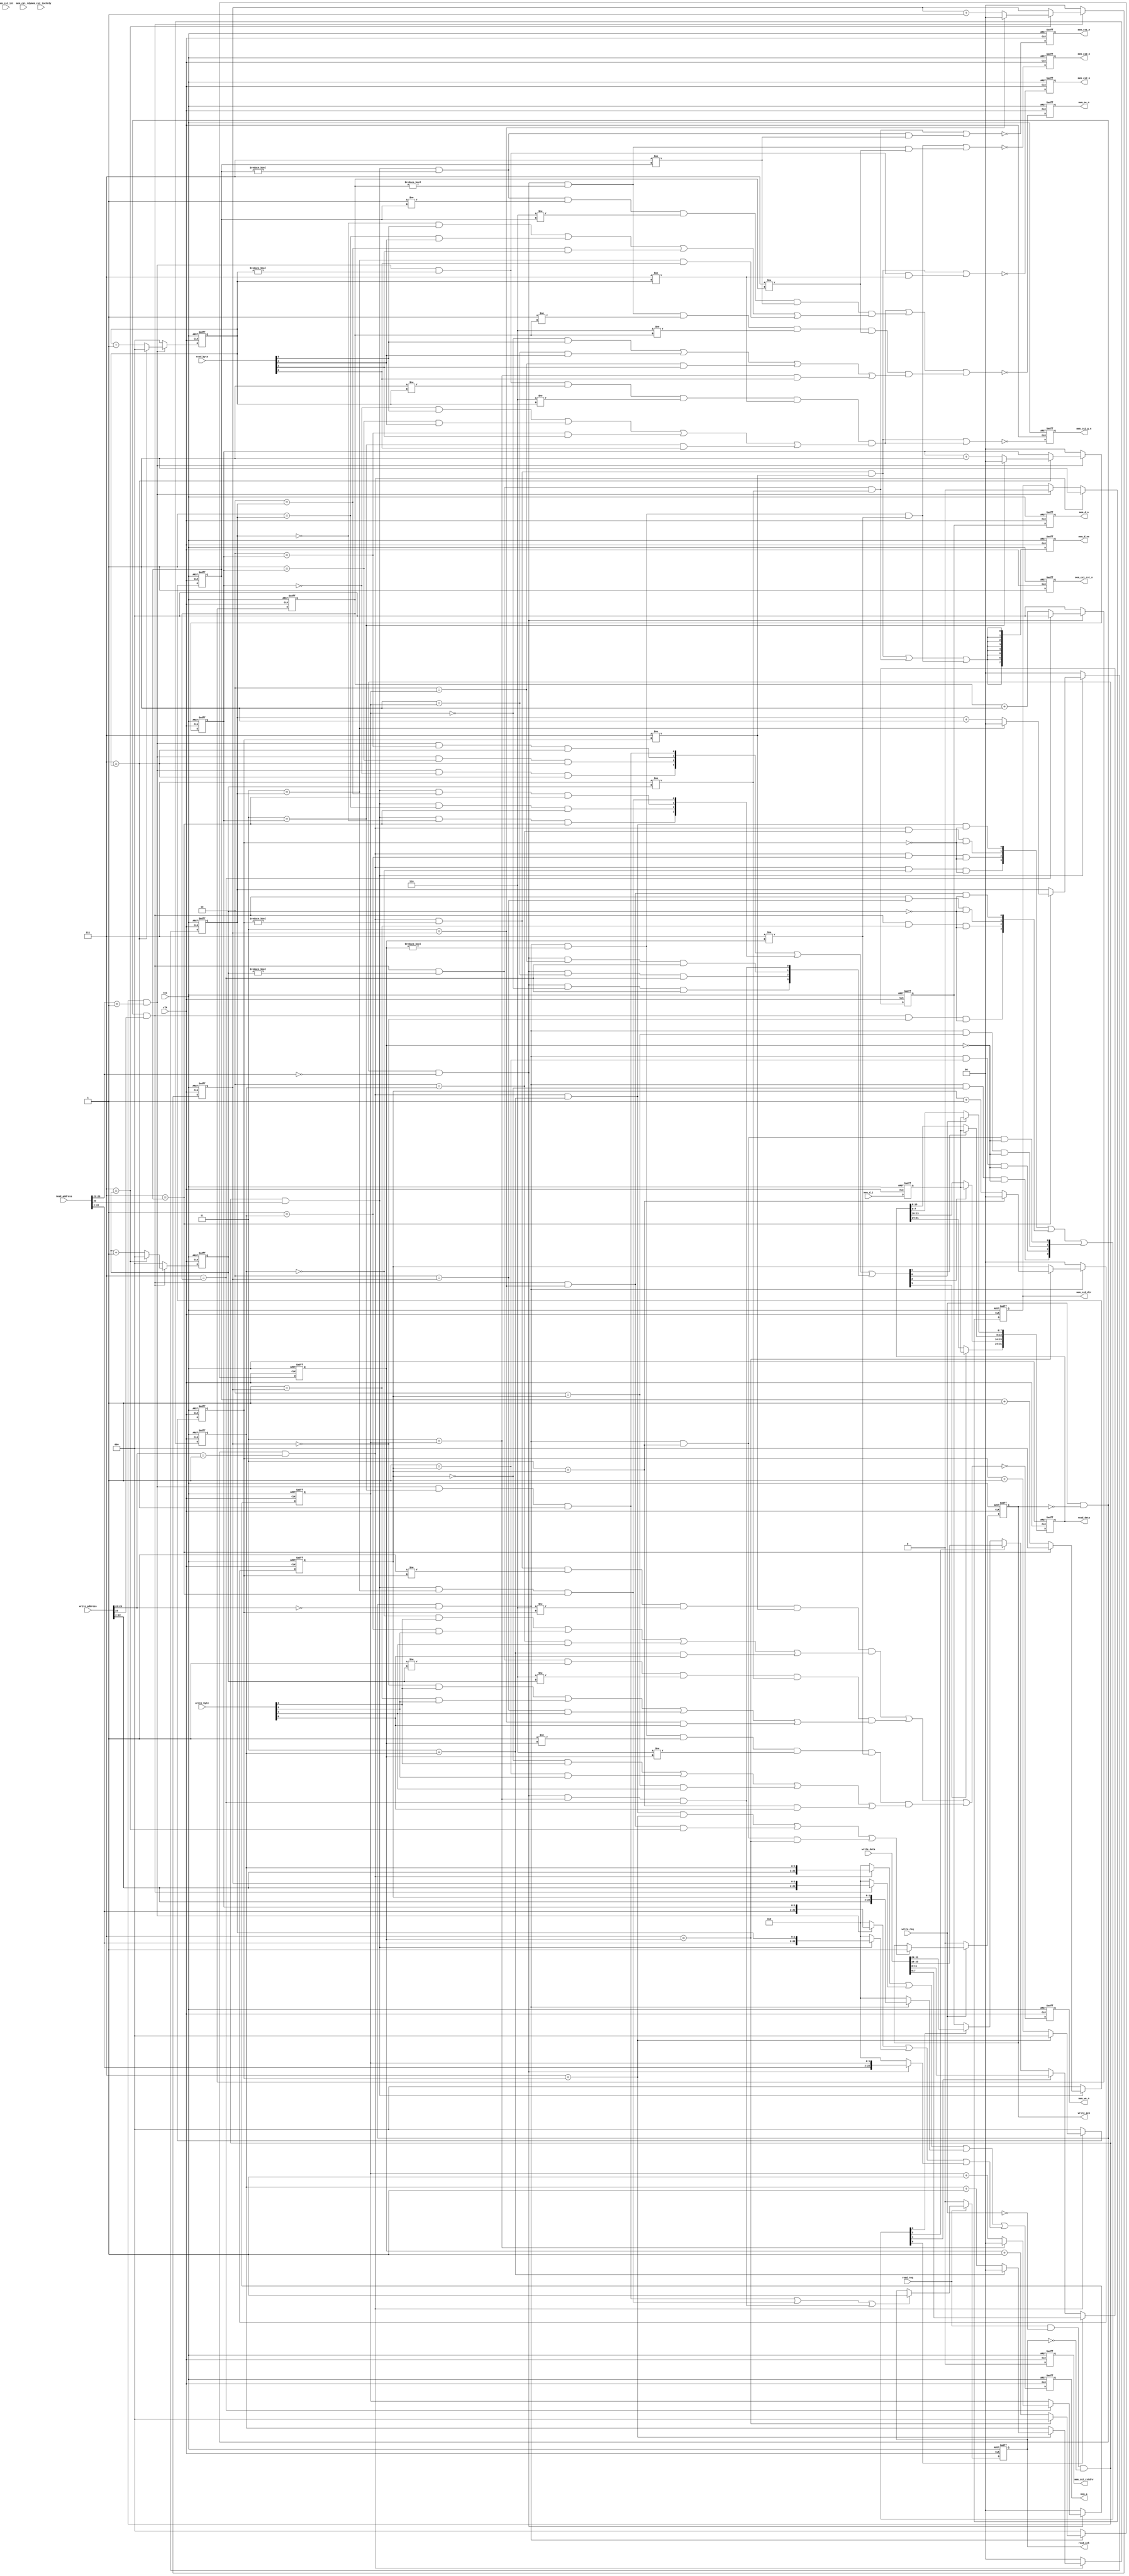

`timescale 1ps/1ps

module tessera_mem_core (
	res,
	clk,
	write_req,
	write_byte,
	write_address,
	write_data,
	write_ack,
	read_req,
	read_byte,
	read_address,
	read_data,
	read_ack,
	mem_cs2_n,
	mem_cs2_g_n,
	mem_cs2_dir,
	mem_cs2_rstdrv,
	mem_cs2_int,
	mem_cs2_iochrdy,
	mem_cs1_n,
	mem_cs1_rst_n,
	mem_cs1_rdy,
	mem_cs0_n,
	mem_we_n,
	mem_oe_n,
	mem_a,
	mem_d_o,
	mem_d_oe,
	mem_d_i
);
	input		res;
	input		clk;
	input		write_req;
	input	[3:0]	write_byte;
	input	[31:0]	write_address;
	input	[31:0]	write_data;
	output		write_ack;
	input		read_req;
	input	[3:0]	read_byte;
	input	[31:0]	read_address;
	output	[31:0]	read_data;
	output		read_ack;
	//
	output		mem_cs2_n;
	output		mem_cs2_g_n;
	output		mem_cs2_dir;
	output		mem_cs2_rstdrv;
	input		mem_cs2_int;
	input		mem_cs2_iochrdy;
	// for FLASH(big)
	output		mem_cs1_n;
	output		mem_cs1_rst_n;
	input		mem_cs1_rdy;
	// for FLASH(small)
	output		mem_cs0_n;
	// misc
	output		mem_we_n;
	output		mem_oe_n;
	output	[22:0]	mem_a;
	output	[7:0]	mem_d_o;
	output	[7:0]	mem_d_oe;
	input	[7:0]	mem_d_i;

//
// request control(no-ff)
//
	wire		cs0_write_req;
	wire		cs0_read_req;
	wire		cs1_write_req;
	wire		cs1_read_req;
	wire		cs2_write_req;
	wire		cs2_read_req;
	wire		write_fin;
	wire		read_fin;
	reg		write_ack;
	reg		read_ack;
	assign cs0_write_req	= write_req			&& !write_ack	&& (write_address[23:22]==2'b00);	// BASE + 0x000x_xxxx
	assign cs0_read_req	= (read_req&&!write_req)	&& !read_ack	&& ( read_address[23:22]==2'b00);	// BASE + 0x000x_xxxx
	
	assign cs2_write_req	= write_req			&& !write_ack	&& (write_address[23:22]==2'b01);	// BASE + 0x004x_xxxx
	assign cs2_read_req	= (read_req&&!write_req)	&& !read_ack	&& ( read_address[23:22]==2'b01);	// BASE + 0x004x_xxxx

	assign cs1_write_req	= write_req			&& !write_ack	&& (write_address[23]   ==1'b1);	// BASE + 0x008x_xxxx
	assign cs1_read_req	= (read_req&&!write_req)	&& !read_ack	&& ( read_address[23]   ==1'b1);	// BASE + 0x008x_xxxx
//
// cs0
//
	wire		cs0_write_count_full;
	wire		cs0_write_byte_full;
	wire		cs0_write_cs;
	wire		cs0_write_strobe;
	wire	[3:0]	cs0_write_load;
	wire	[22:0]	cs0_write_addr;
	wire		cs0_write_fin;
	reg	[2:0]	cs0_write_count;
	reg	[1:0]	cs0_write_byte;
	assign cs0_write_count_full		= (3'd7==cs0_write_count);
	assign cs0_write_byte_full		= (2'd3==cs0_write_byte);
	assign cs0_write_cs			= cs0_write_req                           && (3'd0!=cs0_write_count)                                                       && (3'd7!=cs0_write_count);
	assign cs0_write_strobe			= cs0_write_req                           && (3'd0!=cs0_write_count) && (3'd1!=cs0_write_count) && (3'd6!=cs0_write_count) && (3'd7!=cs0_write_count)
						&& (
							( (2'd0==cs0_write_byte) && write_byte[3] )
							||
							( (2'd1==cs0_write_byte) && write_byte[2] )
							||
							( (2'd2==cs0_write_byte) && write_byte[1] )
							||
							( (2'd3==cs0_write_byte) && write_byte[0] )
						);
	assign cs0_write_load[0]		= cs0_write_req && (2'd3==cs0_write_byte) && (3'd0==cs0_write_count);
	assign cs0_write_load[1]		= cs0_write_req && (2'd2==cs0_write_byte) && (3'd0==cs0_write_count);
	assign cs0_write_load[2]		= cs0_write_req && (2'd1==cs0_write_byte) && (3'd0==cs0_write_count);
	assign cs0_write_load[3]		= cs0_write_req && (2'd0==cs0_write_byte) && (3'd0==cs0_write_count);
	assign cs0_write_addr			= (cs0_write_req) ? {write_address[22:2],cs0_write_byte[1:0]}: 23'd0;
	assign cs0_write_fin			= cs0_write_req && (2'd3==cs0_write_byte) && (3'd7==cs0_write_count);
	always @(posedge clk or posedge res)
		if (res) 			cs0_write_count	<= 3'd0;
		else if (!cs0_write_req)	cs0_write_count	<= 3'd0;
		else				cs0_write_count	<= (cs0_write_count_full) ? 3'd0: {cs0_write_count + 3'd1};	
	always @(posedge clk or posedge res)
		if (res)			cs0_write_byte	<= 2'd0;
		else if (!cs0_write_req)	cs0_write_byte	<= 2'd0;
		else if (cs0_write_count_full)	cs0_write_byte	<= (cs0_write_byte_full) ? 2'd0: {cs0_write_byte + 2'd1};
	wire		cs0_read_count_full;
	wire		cs0_read_byte_full;
	wire		cs0_read_cs;
	wire		cs0_read_strobe;
	wire	[3:0]	cs0_read_load;
	wire	[22:0]	cs0_read_addr;
	wire		cs0_read_fin;
	reg	[2:0]	cs0_read_count;
	reg	[1:0]	cs0_read_byte;
	//assign cs0_read_count_full		= (3'd7==cs0_read_count);
	//assign cs0_read_byte_full		= (2'd3==cs0_read_byte);
	//assign cs0_read_cs			= cs0_read_req                          && (3'd0!=cs0_read_count)                                                     && (3'd7!=cs0_read_count);
	//assign cs0_read_strobe			= cs0_read_req                          && (3'd0!=cs0_read_count) && (3'd1!=cs0_read_count) && (3'd6!=cs0_read_count) && (3'd7!=cs0_read_count);
	//assign cs0_read_load[0]			= cs0_read_req && (2'd3==cs0_read_byte) && (3'd7==cs0_read_count);
	//assign cs0_read_load[1]			= cs0_read_req && (2'd2==cs0_read_byte) && (3'd7==cs0_read_count);
	//assign cs0_read_load[2]			= cs0_read_req && (2'd1==cs0_read_byte) && (3'd7==cs0_read_count);
	//assign cs0_read_load[3]			= cs0_read_req && (2'd0==cs0_read_byte) && (3'd7==cs0_read_count);
	//assign cs0_read_addr			= (cs0_read_req) ? {read_address[22:2],cs0_read_byte[1:0]}: 23'd0;
	//assign cs0_read_fin			= cs0_read_req && (2'd3==cs0_read_byte) && (3'd7==cs0_read_count);
	assign cs0_read_count_full		= (3'd7==cs0_read_count);
	assign cs0_read_byte_full		= (2'd3==cs0_read_byte);
	assign cs0_read_cs			= cs0_read_req                          && (3'd0!=cs0_read_count)                                                     && (3'd7!=cs0_read_count);
	assign cs0_read_strobe			= cs0_read_req                          && (3'd0!=cs0_read_count) && (3'd1!=cs0_read_count) && (3'd6!=cs0_read_count) && (3'd7!=cs0_read_count)
						&& (
							( (2'd0==cs0_read_byte) && read_byte[3] )
							||
							( (2'd1==cs0_read_byte) && read_byte[2] )
							||
							( (2'd2==cs0_read_byte) && read_byte[1] )
							||
							( (2'd3==cs0_read_byte) && read_byte[0] )
						);	
	assign cs0_read_load[0]			= cs0_read_req && (2'd3==cs0_read_byte) && (3'd7==cs0_read_count); // test 7->6 
	assign cs0_read_load[1]			= cs0_read_req && (2'd2==cs0_read_byte) && (3'd7==cs0_read_count); // test 7->6
	assign cs0_read_load[2]			= cs0_read_req && (2'd1==cs0_read_byte) && (3'd7==cs0_read_count); // test 7->6
	assign cs0_read_load[3]			= cs0_read_req && (2'd0==cs0_read_byte) && (3'd7==cs0_read_count); // test 7->6
	assign cs0_read_addr			= (cs0_read_req) ? {read_address[22:2],cs0_read_byte[1:0]}: 23'd0;
	assign cs0_read_fin			= cs0_read_req && (2'd3==cs0_read_byte) && (3'd7==cs0_read_count);
	always @(posedge clk or posedge res)
		if (res) 			cs0_read_count	<= 3'd0;
		else if (!cs0_read_req)		cs0_read_count	<= 3'd0;
		else				cs0_read_count	<= (cs0_read_count_full) ? 3'd0: {cs0_read_count + 3'd1};	
	always @(posedge clk or posedge res)
		if (res)			cs0_read_byte	<= 2'd0;
		else if (!cs0_read_req)		cs0_read_byte	<= 2'd0;
		else if (cs0_read_count_full)	cs0_read_byte	<= (cs0_read_byte_full) ? 2'd0: {cs0_read_byte + 2'd1};
	//
	// cs0 outputs
	//
	reg		mem_cs0_n;
	always @(posedge clk or posedge res)
		if (res)			mem_cs0_n	<= 1'b1;
		else				mem_cs0_n	<= !(cs0_write_cs||cs0_read_cs);
//
// cs1
//
	wire		cs1_write_count_full;
	wire		cs1_write_byte_full;
	wire		cs1_write_cs;
	wire		cs1_write_strobe;
	wire	[3:0]	cs1_write_load;
	wire	[22:0]	cs1_write_addr;
	wire		cs1_write_fin;
	reg	[2:0]	cs1_write_count;
	reg	[1:0]	cs1_write_byte;
	assign cs1_write_count_full		= (3'd7==cs1_write_count);
	assign cs1_write_byte_full		= (2'd3==cs1_write_byte);
	assign cs1_write_cs			= cs1_write_req                           && (3'd0!=cs1_write_count)                                                       && (3'd7!=cs1_write_count);
	assign cs1_write_strobe			= cs1_write_req                           && (3'd0!=cs1_write_count) && (3'd1!=cs1_write_count) && (3'd6!=cs1_write_count) && (3'd7!=cs1_write_count)
						&& (
							( (2'd0==cs1_write_byte) && write_byte[3] )
							||
							( (2'd1==cs1_write_byte) && write_byte[2] )
							||
							( (2'd2==cs1_write_byte) && write_byte[1] )
							||
							( (2'd3==cs1_write_byte) && write_byte[0] )
						);
	assign cs1_write_load[0]		= cs1_write_req && (2'd3==cs1_write_byte) && (3'd0==cs1_write_count);
	assign cs1_write_load[1]		= cs1_write_req && (2'd2==cs1_write_byte) && (3'd0==cs1_write_count);
	assign cs1_write_load[2]		= cs1_write_req && (2'd1==cs1_write_byte) && (3'd0==cs1_write_count);
	assign cs1_write_load[3]		= cs1_write_req && (2'd0==cs1_write_byte) && (3'd0==cs1_write_count);
	assign cs1_write_addr			= (cs1_write_req) ? {write_address[22:2],cs1_write_byte[1:0]}: 23'd0;
	assign cs1_write_fin			= cs1_write_req && (2'd3==cs1_write_byte) && (3'd7==cs1_write_count);
	always @(posedge clk or posedge res)
		if (res) 			cs1_write_count	<= 3'd0;
		else if (!cs1_write_req)	cs1_write_count	<= 3'd0;
		else				cs1_write_count	<= (cs1_write_count_full) ? 3'd0: {cs1_write_count + 3'd1};	
	always @(posedge clk or posedge res)
		if (res)			cs1_write_byte	<= 2'd0;
		else if (!cs1_write_req)	cs1_write_byte	<= 2'd0;
		else if (cs1_write_count_full)	cs1_write_byte	<= (cs1_write_byte_full) ? 2'd0: {cs1_write_byte + 2'd1};
	wire		cs1_read_count_full;
	wire		cs1_read_byte_full;
	wire		cs1_read_cs;
	wire		cs1_read_strobe;
	wire	[3:0]	cs1_read_load;
	wire	[22:0]	cs1_read_addr;
	wire		cs1_read_fin;
	reg	[2:0]	cs1_read_count;
	reg	[1:0]	cs1_read_byte;
	assign cs1_read_count_full		= (3'd7==cs1_read_count);
	assign cs1_read_byte_full		= (2'd3==cs1_read_byte);
	assign cs1_read_cs			= cs1_read_req                          && (3'd0!=cs1_read_count)                                                     && (3'd7!=cs1_read_count);
	assign cs1_read_strobe			= cs1_read_req                          && (3'd0!=cs1_read_count) && (3'd1!=cs1_read_count) && (3'd6!=cs1_read_count) && (3'd7!=cs1_read_count)
						&& (
							( (2'd0==cs1_read_byte) && read_byte[3] )
							||
							( (2'd1==cs1_read_byte) && read_byte[2] )
							||
							( (2'd2==cs1_read_byte) && read_byte[1] )
							||
							( (2'd3==cs1_read_byte) && read_byte[0] )
						);	
	assign cs1_read_load[0]			= cs1_read_req && (2'd3==cs1_read_byte) && (3'd7==cs1_read_count);
	assign cs1_read_load[1]			= cs1_read_req && (2'd2==cs1_read_byte) && (3'd7==cs1_read_count);
	assign cs1_read_load[2]			= cs1_read_req && (2'd1==cs1_read_byte) && (3'd7==cs1_read_count);
	assign cs1_read_load[3]			= cs1_read_req && (2'd0==cs1_read_byte) && (3'd7==cs1_read_count);
	assign cs1_read_addr			= (cs1_read_req) ? {read_address[22:2],cs1_read_byte[1:0]}: 23'd0;
	assign cs1_read_fin			= cs1_read_req && (2'd3==cs1_read_byte) && (3'd7==cs1_read_count);
	always @(posedge clk or posedge res)
		if (res) 			cs1_read_count	<= 3'd0;
		else if (!cs1_read_req)		cs1_read_count	<= 3'd0;
		else				cs1_read_count	<= (cs1_read_count_full) ? 3'd0: {cs1_read_count + 3'd1};	
	always @(posedge clk or posedge res)
		if (res)			cs1_read_byte	<= 2'd0;
		else if (!cs1_read_req)		cs1_read_byte	<= 2'd0;
		else if (cs1_read_count_full)	cs1_read_byte	<= (cs1_read_byte_full) ? 2'd0: {cs1_read_byte + 2'd1};
	//
	// cs1 outputs
	//
	reg		mem_cs1_n;
	reg		mem_cs1_rst_n;
	always @(posedge clk or posedge res)
		if (res)			mem_cs1_n	<= 1'b1;
		else				mem_cs1_n	<= !(cs1_write_cs||cs1_read_cs);
	always @(posedge clk or posedge res)
		if (res)			mem_cs1_rst_n	<= 1'b0;
		else				mem_cs1_rst_n	<= 1'b1;
//
// cs2
//
	wire		cs2_write_count_full;
	wire		cs2_write_byte_full;
	wire		cs2_write_cs;
	wire		cs2_write_strobe;
	wire	[3:0]	cs2_write_load;
	wire	[22:0]	cs2_write_addr;
	wire		cs2_write_fin;
	reg	[2:0]	cs2_write_count;
	reg	[1:0]	cs2_write_byte;
	assign cs2_write_count_full		= (3'd7==cs2_write_count);
	assign cs2_write_byte_full		= (2'd3==cs2_write_byte);
	assign cs2_write_cs			= cs2_write_req                           && (3'd0!=cs2_write_count)                                                       && (3'd7!=cs2_write_count);
	assign cs2_write_strobe			= cs2_write_req                           && (3'd0!=cs2_write_count) && (3'd1!=cs2_write_count) && (3'd6!=cs2_write_count) && (3'd7!=cs2_write_count)
						&& (
							( (2'd0==cs2_write_byte) && write_byte[3] )
							||
							( (2'd1==cs2_write_byte) && write_byte[2] )
							||
							( (2'd2==cs2_write_byte) && write_byte[1] )
							||
							( (2'd3==cs2_write_byte) && write_byte[0] )
						);
	assign cs2_write_load[0]		= cs2_write_req && (2'd3==cs2_write_byte) && (3'd0==cs2_write_count);
	assign cs2_write_load[1]		= cs2_write_req && (2'd2==cs2_write_byte) && (3'd0==cs2_write_count);
	assign cs2_write_load[2]		= cs2_write_req && (2'd1==cs2_write_byte) && (3'd0==cs2_write_count);
	assign cs2_write_load[3]		= cs2_write_req && (2'd0==cs2_write_byte) && (3'd0==cs2_write_count);
	assign cs2_write_addr			= (cs2_write_req) ? {write_address[22:2],cs2_write_byte[1:0]}: 23'd0;
	assign cs2_write_fin			= cs2_write_req && (2'd3==cs2_write_byte) && (3'd7==cs2_write_count);
	always @(posedge clk or posedge res)
		if (res) 			cs2_write_count	<= 3'd0;
		else if (!cs2_write_req)	cs2_write_count	<= 3'd0;
		else				cs2_write_count	<= (cs2_write_count_full) ? 3'd0: {cs2_write_count + 3'd1};	
	always @(posedge clk or posedge res)
		if (res)			cs2_write_byte	<= 2'd0;
		else if (!cs2_write_req)	cs2_write_byte	<= 2'd0;
		else if (cs2_write_count_full)	cs2_write_byte	<= (cs2_write_byte_full) ? 2'd0: {cs2_write_byte + 2'd1};
	wire		cs2_read_count_full;
	wire		cs2_read_byte_full;
	wire		cs2_read_cs;
	wire		cs2_read_strobe;
	wire	[3:0]	cs2_read_load;
	wire	[22:0]	cs2_read_addr;
	wire		cs2_read_fin;
	reg	[2:0]	cs2_read_count;
	reg	[1:0]	cs2_read_byte;
	assign cs2_read_count_full		= (3'd7==cs2_read_count);
	assign cs2_read_byte_full		= (2'd3==cs2_read_byte);
	assign cs2_read_cs			= cs2_read_req                          && (3'd0!=cs2_read_count)                                                     && (3'd7!=cs2_read_count);
	assign cs2_read_strobe			= cs2_read_req                          && (3'd0!=cs2_read_count) && (3'd1!=cs2_read_count) && (3'd6!=cs2_read_count) && (3'd7!=cs2_read_count)
						&& (
							( (2'd0==cs2_read_byte) && read_byte[3] )
							||
							( (2'd1==cs2_read_byte) && read_byte[2] )
							||
							( (2'd2==cs2_read_byte) && read_byte[1] )
							||
							( (2'd3==cs2_read_byte) && read_byte[0] )
						);	
	assign cs2_read_load[0]			= cs2_read_req && (2'd3==cs2_read_byte) && (3'd7==cs2_read_count);
	assign cs2_read_load[1]			= cs2_read_req && (2'd2==cs2_read_byte) && (3'd7==cs2_read_count);
	assign cs2_read_load[2]			= cs2_read_req && (2'd1==cs2_read_byte) && (3'd7==cs2_read_count);
	assign cs2_read_load[3]			= cs2_read_req && (2'd0==cs2_read_byte) && (3'd7==cs2_read_count);
	assign cs2_read_fin			= cs2_read_req && (2'd3==cs2_read_byte) && (3'd7==cs2_read_count);
	assign cs2_read_addr			= (cs2_read_req) ? {read_address[22:2],cs2_read_byte[1:0]}: 23'd0;
	always @(posedge clk or posedge res)
		if (res) 			cs2_read_count	<= 3'd0;
		else if (!cs2_read_req)		cs2_read_count	<= 3'd0;
		else				cs2_read_count	<= (cs2_read_count_full) ? 3'd0: {cs2_read_count + 3'd1};	
	always @(posedge clk or posedge res)
		if (res)			cs2_read_byte	<= 2'd0;
		else if (!cs2_read_req)		cs2_read_byte	<= 2'd0;
		else if (cs2_read_count_full)	cs2_read_byte	<= (cs2_read_byte_full) ? 2'd0: {cs2_read_byte + 2'd1};
	//
	// cs2 outputs
	//
	reg		mem_cs2_n;
	reg		mem_cs2_g_n;
	reg		mem_cs2_dir;
	reg		mem_cs2_rstdrv;
	always @(posedge clk or posedge res)
		if (res)			mem_cs2_n	<= 1'b1;
		else				mem_cs2_n	<= !(cs2_write_cs||cs2_read_cs);
	always @(posedge clk or posedge res)
		if (res)			mem_cs2_g_n	<= 1'b1;
		else				mem_cs2_g_n	<= !(cs2_write_cs||cs2_read_strobe);
	always @(posedge clk or posedge res)
		if (res)			mem_cs2_dir	<= 1'b1;
		else				mem_cs2_dir	<= (cs2_write_req) ? 1'b1: (cs2_read_req) ? 1'b0: mem_cs2_dir;
	always @(posedge clk or posedge res)
		if (res)			mem_cs2_rstdrv	<= 1'b1;
		else				mem_cs2_rstdrv	<= 1'b0;
//
//
//
	wire		write_strobe;
	wire		read_strobe;

	wire	[3:0]	write_load;
	wire	[3:0]	read_load;

	wire	[22:0]	write_addr;
	wire	[22:0]	read_addr;


	assign write_strobe	= cs2_write_strobe || cs1_write_strobe || cs0_write_strobe;
	assign read_strobe	= cs2_read_strobe || cs1_read_strobe || cs0_read_strobe;

	assign write_load	= cs2_write_load|cs1_write_load|cs0_write_load;
	assign read_load	= cs2_read_load |cs1_read_load |cs0_read_load;
	
	assign write_addr	= cs2_write_addr|cs1_write_addr|cs0_write_addr;
	assign read_addr	= cs2_read_addr |cs1_read_addr |cs0_read_addr;

//
// outputs(common)
//
	reg		mem_we_n;
	reg		mem_oe_n;
	reg	[22:0]	mem_a;
	reg	[7:0]	mem_d_oe;
	always @(posedge clk or posedge res)
		if (res)			mem_we_n	<= 1'b1;
		else				mem_we_n	<= !write_strobe;
	always @(posedge clk or posedge res)
		if (res)			mem_oe_n	<= 1'b1;
		else				mem_oe_n	<= !read_strobe;
	always @(posedge clk or posedge res)
		if (res)			mem_a		<= 23'h00_0000;
		else				mem_a		<= write_addr|read_addr;
	always @(posedge clk or posedge res)
		if (res)			mem_d_oe	<= 8'h00;
       		else				mem_d_oe	<= {8{cs2_write_cs||cs1_write_cs||cs0_write_cs}}; // only write
//
// inputs(common)
//
	//
	// int->ext
	//
	reg	[7:0]	pre_mem_d_o;
	always @(posedge clk or posedge res)
		if (res)			pre_mem_d_o	<= 32'h0000_0000;
		else begin
			if (write_load[3])	pre_mem_d_o	<= write_data[31:24];
			if (write_load[2])	pre_mem_d_o	<= write_data[23:16];
			if (write_load[1])	pre_mem_d_o	<= write_data[15: 8];
			if (write_load[0])	pre_mem_d_o	<= write_data[ 7: 0];
		end
	//
	reg	[7:0]	mem_d_o; // IOB
	always @(posedge clk or posedge res)
		if (res)			mem_d_o		<= 8'h00;
		else				mem_d_o		<= pre_mem_d_o;

	//
	// ext->int
	//
	reg	[7:0]	pre_mem_d_i; // IOB
	always @(posedge clk or posedge res)
		if (res)			pre_mem_d_i	<= 8'h00;
		else				pre_mem_d_i	<= mem_d_i;
	//
	reg	[31:0]	read_data;
	always @(posedge clk or posedge res)
		if (res)			read_data	<= 32'h0000_0000;
		else begin
			if (read_load[3])	read_data[31:24] <= pre_mem_d_i;
			if (read_load[2])	read_data[23:16] <= pre_mem_d_i;
			if (read_load[1])	read_data[15: 8] <= pre_mem_d_i;
			if (read_load[0])	read_data[ 7: 0] <= pre_mem_d_i;
		end
//
// ack
//
	assign write_fin	= cs2_write_fin || cs1_write_fin || cs0_write_fin;
	always @(posedge clk or posedge res)
		if (res)		write_ack <= 1'b0;
		else if (!write_req)	write_ack <= 1'b0;
		else if (write_fin)	write_ack <= 1'b1;
	assign read_fin		= cs2_read_fin || cs1_read_fin || cs0_read_fin;
	always @(posedge clk or posedge res)
		if (res)		read_ack <= 1'b0;
		else if (!read_req)	read_ack <= 1'b0;
		else if (read_fin)	read_ack <= 1'b1;
endmodule

module tessera_mem_wbif (
	res,
	clk,
	wb_cyc_i,
	wb_stb_i,
	wb_adr_i,
	wb_sel_i,
	wb_we_i,
	wb_dat_i,
	wb_cab_i,
	wb_dat_o,
	wb_ack_o,
	wb_err_o,
	write_req,
	write_byte,
	write_address,
	write_data,
	write_ack,
	read_req,
	read_byte,
	read_address,
	read_data,
	read_ack
);
	input		res;
	input		clk;
	input		wb_cyc_i;
	input		wb_stb_i;
	input	[31:0]	wb_adr_i;
	input	[3:0]	wb_sel_i;
	input		wb_we_i;
	input	[31:0]	wb_dat_i;
	input		wb_cab_i;
	output	[31:0]	wb_dat_o;
	output		wb_ack_o;
	output		wb_err_o;
	output		write_req;
	output	[3:0]	write_byte;
	output	[31:0]	write_address;
	output	[31:0]	write_data;
	input		write_ack;
	output		read_req;
	output	[3:0]	read_byte;
	output	[31:0]	read_address;
	input	[31:0]	read_data;
	input		read_ack;
	//
	//
	//
	assign wb_err_o = 1'b0;
	//
	//
	//
	reg		write_ack_z;
	reg		read_ack_z;
	reg		wb_ack;
	always @(posedge clk or posedge res)
		if (res)	write_ack_z <= 1'b0;
		else		write_ack_z <= write_ack;
	always @(posedge clk or posedge res)
		if (res)	read_ack_z <= 1'b0;
		else		read_ack_z <= read_ack;
	always @(posedge clk or posedge res)
		if (res)	wb_ack <= 1'b0;
		//else		wb_ack <= (write_ack_z&&!write_ack)||(read_ack_z&&!read_ack); // release negedge ack(late)
		else		wb_ack <= (!write_ack_z&&write_ack)||(!read_ack_z&&read_ack); // release posedge ack(fast)
	assign wb_ack_o = (wb_cyc_i&&wb_stb_i) ? wb_ack: 1'b0;
	//
	//
	//
	reg	[31:0]	wb_dat;
	always @(posedge clk or posedge res)
		if (res)	wb_dat <= {4{8'h00}};
		else		wb_dat <= read_data;
	assign wb_dat_o = (wb_cyc_i&&wb_stb_i) ? wb_dat[31:0]: {4{8'h00}};
	//
	//
	//
	reg	[3:0]	write_byte;
	reg	[31:0]	write_address;
	reg	[31:0]	write_data;
	//
	reg	[3:0]	read_byte;
	reg	[31:0]	read_address;
	always @(posedge clk or posedge res)
		if (res) begin
			write_byte	<= {4{1'b0}};
			write_address	<= 32'd0;
			write_data	<= {4{8'h00}};
			//
			read_byte	<= {4{1'b0}};
			read_address	<= 32'd0;
		end
		else begin
			write_byte	<= wb_sel_i;
			write_address	<= {8'd0,wb_adr_i[23:0]};
			write_data	<= wb_dat_i;
			//
			read_byte	<= wb_sel_i;
			read_address	<= {8'd0,wb_adr_i[23:0]};
		end
	//
	//
	//
	reg		write_req;
	reg		read_req;
	always @(posedge clk or posedge res)
		if (res)									write_req <= 1'b0;
		else if (write_ack)								write_req <= 1'b0;
		else if (wb_cyc_i && wb_stb_i && !wb_ack_o && !write_ack_z && wb_we_i)		write_req <= 1'b1; // wait ack low
		
	always @(posedge clk or posedge res)
		if (res)									read_req <= 1'b0;
		else if (read_ack)								read_req <= 1'b0;
		else if (wb_cyc_i && wb_stb_i && !wb_ack_o && !read_ack_z && !wb_we_i)		read_req <= 1'b1; // wait ack low

endmodule

module tessera_mem (
	//
	sys_wb_res,
	sys_wb_clk,
	//
	sys_mem_res,
	sys_mem_clk,
	//
	wb_cyc_i,
	wb_stb_i,
	wb_adr_i,
	wb_sel_i,
	wb_we_i,
	wb_dat_i,
	wb_cab_i,
	wb_dat_o,
	wb_ack_o,
	wb_err_o,
	//
	mem_cs2_n,
	mem_cs2_g_n,
	mem_cs2_dir,
	mem_cs2_rstdrv,
	mem_cs2_int,
	mem_cs2_iochrdy,
	//
	mem_cs1_n,
	mem_cs1_rst_n,
	mem_cs1_rdy,
	//
	mem_cs0_n,
	//
	mem_we_n,
	mem_oe_n,
	mem_a,
	mem_d_o,
	mem_d_oe,
	mem_d_i
);
	// System
	input		sys_wb_res;
	input		sys_wb_clk;
	input		sys_mem_res;
	input		sys_mem_clk;
	// WishBone
	input		wb_cyc_i;
	input		wb_stb_i;
	input	[31:0]	wb_adr_i;
	input	[3:0]	wb_sel_i;
	input		wb_we_i;
	input	[31:0]	wb_dat_i;
	input		wb_cab_i;
	output	[31:0]	wb_dat_o;
	output		wb_ack_o;
	output		wb_err_o;
	// for MAC-PHY
	output		mem_cs2_n;
	output		mem_cs2_g_n;
	output		mem_cs2_dir;
	output		mem_cs2_rstdrv;
	input		mem_cs2_int;
	input		mem_cs2_iochrdy;
	// for FLASH(big)
	output		mem_cs1_n;
	output		mem_cs1_rst_n;
	input		mem_cs1_rdy;
	// for FLASH(small)
	output		mem_cs0_n;
	// misc
	output		mem_we_n;
	output		mem_oe_n;
	output	[22:0]	mem_a;
	output	[7:0]	mem_d_o;
	output	[7:0]	mem_d_oe;
	input	[7:0]	mem_d_i;

// mem_wbif
	wire		wbif_write_req;
	wire	[3:0]	wbif_write_byte;
	wire	[31:0]	wbif_write_address;
	wire	[31:0]	wbif_write_data;
	//wire		wbif_write_ack;
	reg		wbif_write_ack;
	wire		wbif_read_req;
	wire	[3:0]	wbif_read_byte;
	wire	[31:0]	wbif_read_address;
	wire	[31:0]	wbif_read_data;
	//wire		wbif_read_ack;
	reg		wbif_read_ack;

	// me,_core
	//wire		core_write_req;
	reg		core_write_req;
	wire	[3:0]	core_write_byte;
	wire	[31:0]	core_write_address;
	wire	[31:0]	core_write_data;
	wire		core_write_ack;
	//wire		core_read_req;
	reg		core_read_req;
	wire	[3:0]	core_read_byte;
	wire	[31:0]	core_read_address;
	wire	[31:0]	core_read_data;
	wire		core_read_ack;
// WishBone Clock domain
	tessera_mem_wbif i_tessera_mem_wbif (
		.res(		sys_wb_res),
		.clk(		sys_wb_clk),
		.wb_cyc_i(	wb_cyc_i),
		.wb_stb_i(	wb_stb_i),
		.wb_adr_i(	wb_adr_i),
		.wb_sel_i(	wb_sel_i),
		.wb_we_i(	wb_we_i),
		.wb_dat_i(	wb_dat_i),
		.wb_cab_i(	wb_cab_i),
		.wb_dat_o(	wb_dat_o),
		.wb_ack_o(	wb_ack_o),
		.wb_err_o(	wb_err_o),
		.write_req(	wbif_write_req),
		.write_byte(	wbif_write_byte),
		.write_address(	wbif_write_address),
		.write_data(	wbif_write_data),
		.write_ack(	wbif_write_ack),
		.read_req(	wbif_read_req),
		.read_byte(	wbif_read_byte),
		.read_address(	wbif_read_address),
		.read_data(	wbif_read_data),
		.read_ack(	wbif_read_ack)
	);
// no-mt1-mt2(TYPE A:same clock)
	/*
	// sd to wb
	assign wbif_write_ack		= core_write_ack;
	assign wbif_read_data		= core_read_data;
	assign wbif_read_ack		= core_read_ack;
	// wb to sd
	assign core_write_req		= wbif_write_req;
	assign core_write_byte		= wbif_write_byte;
	assign core_write_address	= wbif_write_address;
	assign core_write_data		= wbif_write_data;
	assign core_read_req		= wbif_read_req;
	assign core_read_byte		= wbif_read_byte;
	assign core_read_address	= wbif_read_address;
	*/
// only startpoint(TYPE B:same clock,pos<->neg,timeing is safety)
	/*
	reg		mt_write_ack;
	reg	[31:0]	mt_read_data;
	reg		mt_read_ack;
	always @(posedge sys_wb_clk or posedge sys_wb_res)
		if (sys_wb_res) begin
			mt_write_ack		<= 1'b0;
			mt_read_data		<= {4{8'h00}};
			mt_read_ack		<= 1'b0;
		end
		else begin
			mt_write_ack		<= core_write_ack;
			mt_read_data		<= core_read_data;
			mt_read_ack		<= core_read_ack;
		end
	reg		mt_write_req;
	reg	[3:0]	mt_write_byte;
	reg	[31:0]	mt_write_address;
	reg	[31:0]	mt_write_data;
	reg		mt_read_req;
	reg	[3:0]	mt_read_byte;
	reg	[31:0]	mt_read_address;
	always @(posedge sys_mem_clk or posedge sys_mem_res)
		if (sys_mem_res) begin
			mt_write_req		<= 1'b0;
			mt_write_byte		<= {4{1'b0}};
			mt_write_address	<= 32'd0;
			mt_write_data		<= {4{8'h00}};
			mt_read_req		<= 1'b0;
			mt_read_byte		<= {4{1'b0}};
			mt_read_address		<= 32'd0;
		end
		else begin
			mt_write_req		<= wbif_write_req;
			mt_write_byte		<= wbif_write_byte;
			mt_write_address	<= wbif_write_address;
			mt_write_data		<= wbif_write_data;
			mt_read_req		<= wbif_read_req;
			mt_read_byte		<= wbif_read_byte;
			mt_read_address		<= wbif_read_address;
		end
	// sd to wb
	assign wbif_write_ack		= mt_write_ack;
	assign wbif_read_data		= mt_read_data;
	assign wbif_read_ack		= mt_read_ack;
	// wb to sd
	assign core_write_req		= mt_write_req;
	assign core_write_byte		= mt_write_byte;
	assign core_write_address	= mt_write_address;
	assign core_write_data		= mt_write_data;
	assign core_read_req		= mt_read_req;
	assign core_read_byte		= mt_read_byte;
	assign core_read_address	= mt_read_address;
	*/
// mt1 mt2(TYPE C:other clock)
	reg		mt1_write_ack;
	reg	[31:0]	mt1_read_data;
	reg		mt1_read_ack;
	always @(posedge sys_wb_clk or posedge sys_wb_res)
		if (sys_wb_res) begin
			mt1_write_ack		<= 1'b0;
			mt1_read_data		<= {4{8'h00}};
			mt1_read_ack		<= 1'b0;
		end
		else begin
			mt1_write_ack		<= core_write_ack;
			mt1_read_data		<= core_read_data;
			mt1_read_ack		<= core_read_ack;
		end
	reg		mt2_write_ack;
	reg	[31:0]	mt2_read_data;
	reg		mt2_read_ack;
	always @(posedge sys_wb_clk or posedge sys_wb_res)
		if (sys_wb_res) begin
			mt2_write_ack		<= 1'b0;
			mt2_read_data		<= {4{8'h00}};
			mt2_read_ack		<= 1'b0;
		end
		else begin
			mt2_write_ack		<= mt1_write_ack;
			mt2_read_data		<= mt1_read_data;
			mt2_read_ack		<= mt1_read_ack;
		end
	reg		mt1_write_req;
	reg	[3:0]	mt1_write_byte;
	reg	[31:0]	mt1_write_address;
	reg	[31:0]	mt1_write_data;
	reg		mt1_read_req;
	reg	[3:0]	mt1_read_byte;
	reg	[31:0]	mt1_read_address;
	always @(posedge sys_mem_clk or posedge sys_mem_res)
		if (sys_mem_res) begin
			mt1_write_req		<= 1'b0;
			mt1_write_byte		<= {4{1'b0}};
			mt1_write_address	<= 32'd0;
			mt1_write_data		<= {4{8'h00}};
			mt1_read_req		<= 1'b0;
			mt1_read_byte		<= {4{1'b0}};
			mt1_read_address	<= 32'd0;
		end
		else begin
			mt1_write_req		<= wbif_write_req;
			mt1_write_byte		<= wbif_write_byte;
			mt1_write_address	<= wbif_write_address;
			mt1_write_data		<= wbif_write_data;
			mt1_read_req		<= wbif_read_req;
			mt1_read_byte		<= wbif_read_byte;
			mt1_read_address	<= wbif_read_address;
		end
	reg		mt2_write_req;
	reg	[3:0]	mt2_write_byte;
	reg	[31:0]	mt2_write_address;
	reg	[31:0]	mt2_write_data;
	reg		mt2_read_req;
	reg	[3:0]	mt2_read_byte;
	reg	[31:0]	mt2_read_address;
	always @(posedge sys_mem_clk or posedge sys_mem_res)
		if (sys_mem_res) begin
			mt2_write_req		<= 1'b0;
			mt2_write_byte		<= {4{1'b0}};
			mt2_write_address	<= 32'd0;
			mt2_write_data		<= {4{8'h00}};
			mt2_read_req		<= 1'b0;
			mt2_read_byte		<= {4{1'b0}};
			mt2_read_address	<= 32'd0;
		end
		else begin
			mt2_write_req		<= mt1_write_req;
			mt2_write_byte		<= mt1_write_byte;
			mt2_write_address	<= mt1_write_address;
			mt2_write_data		<= mt1_write_data;
			mt2_read_req		<= mt1_read_req;
			mt2_read_byte		<= mt1_read_byte;
			mt2_read_address	<= mt1_read_address;
		end

// mem to wb
	//assign wbif_write_ack		= mt2_write_ack;
	//assign wbif_read_ack		= mt2_read_ack;
	always @(posedge sys_wb_clk or posedge sys_wb_res)
		if (sys_wb_res) begin
			wbif_write_ack	<= 1'b0;
			wbif_read_ack	<= 1'b0;
		end
		else begin
			wbif_write_ack	<= mt2_write_ack;	// can not load xxxxx, so must +1delay
			wbif_read_ack	<= mt2_read_ack;	// can not load xxxxx, so must +1delay
		end
	assign wbif_read_data		= mt2_read_data;

// wb to mem
	//assign core_write_req		= mt2_write_req;
	//assign core_read_req		= mt2_read_req;
	always @(posedge sys_mem_clk or posedge sys_mem_res)
		if (sys_mem_res) begin
			core_write_req	<= 1'b0;
			core_read_req	<= 1'b0;
		end
		else begin
			core_write_req	<= mt2_write_req;	// can not load xxxxx, so must +1delay
			core_read_req	<= mt2_read_req;	// can not load xxxxx, so must +1delay
		end
	assign core_write_byte		= mt2_write_byte;
	assign core_write_address	= mt2_write_address;
	assign core_write_data		= mt2_write_data;
	assign core_read_byte		= mt2_read_byte;
	assign core_read_address	= mt2_read_address;

// MEM Clock domain
	tessera_mem_core i_tessera_mem_core (
		.res(			sys_mem_res),
		.clk(			sys_mem_clk),
		.write_req(		core_write_req),
		.write_byte(		core_write_byte),
		.write_address(		core_write_address),
		.write_data(		core_write_data),
		.write_ack(		core_write_ack),
		.read_req(		core_read_req),
		.read_byte(		core_read_byte),
		.read_address(		core_read_address),
		.read_data(		core_read_data),
		.read_ack(		core_read_ack),
		.mem_cs2_n(		mem_cs2_n),
		.mem_cs2_g_n(		mem_cs2_g_n),
		.mem_cs2_dir(		mem_cs2_dir),
		.mem_cs2_rstdrv(	mem_cs2_rstdrv),
		.mem_cs2_int(		mem_cs2_int),
		.mem_cs2_iochrdy(	mem_cs2_iochrdy),
		.mem_cs1_n(		mem_cs1_n),
		.mem_cs1_rst_n(		mem_cs1_rst_n),
		.mem_cs1_rdy(		mem_cs1_rdy),
		.mem_cs0_n(		mem_cs0_n),
		.mem_we_n(		mem_we_n),
		.mem_oe_n(		mem_oe_n),
		.mem_a(			mem_a),
		.mem_d_o(		mem_d_o),
		.mem_d_oe(		mem_d_oe),
		.mem_d_i(		mem_d_i)
	);

endmodule